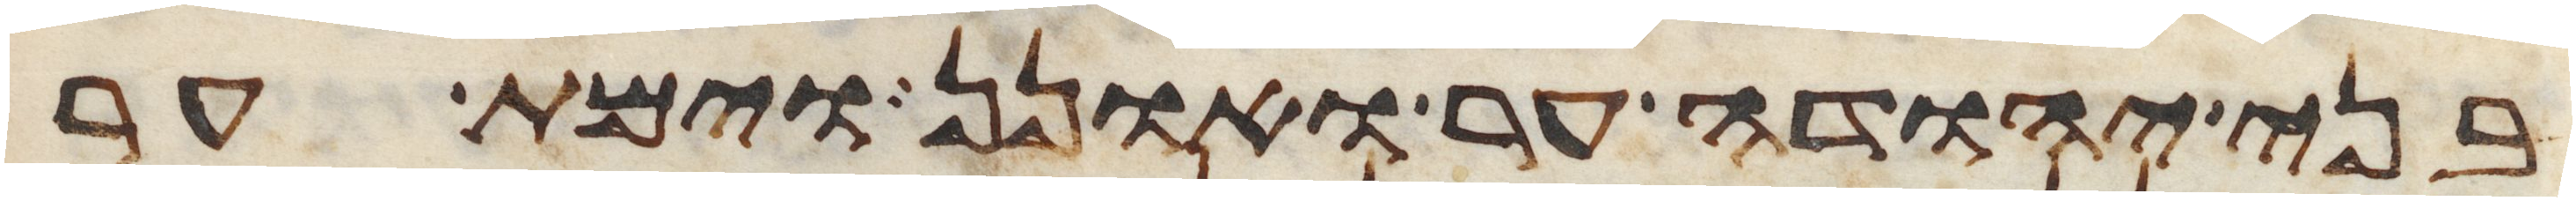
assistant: בני יהודה ער ואונן וימת ער